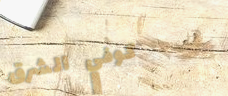
كوفي الشرق